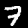
Label: 7